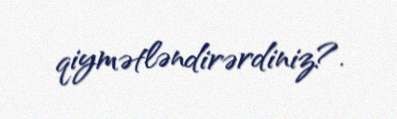
qiymətləndirərdiniz?.